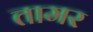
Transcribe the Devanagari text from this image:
तामर